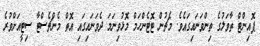
ޕޮއިންޓް ތާވަލުގެ ތިންވަނައިގައެވެ. މެޗުން ޓޮޓެންހަމް މޮޅުވިނަމަ ދެވަނައިގައި އޮތް މެންޗެސްޓާ ސިޓީއަށްވުރެ